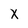
Character: X